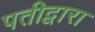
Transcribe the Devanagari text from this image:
पतीद्वारा